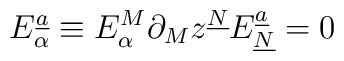
E_\alpha^{\underline{a}} \equiv E_\alpha^M \partial_M z^{\underline{N}}E_{\underline{N}}^{\underline{a}} = 0